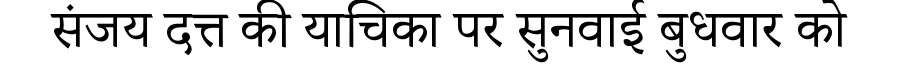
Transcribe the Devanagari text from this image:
संजय दत्त की याचिका पर सुनवाई बुधवार को